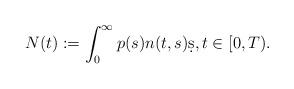
LaTeX: \begin{align*} N(t) := \int_0^\infty p(s) n(t,s) \d s, t \in [0, T). \end{align*}